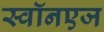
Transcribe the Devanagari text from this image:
स्वॉनएज